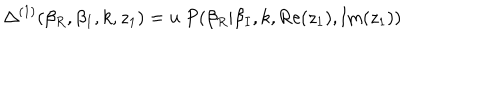
LaTeX: \Delta ^ { ( 1 ) } ( \beta _ { R } , \beta _ { I } , k , z _ { 1 } ) = u ~ P ( \beta _ { R } | \beta _ { I } , k , \mathrm { R e } ( z _ { 1 } ) , \mathrm { I m } ( z _ { 1 } ) )